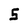
Character: 5